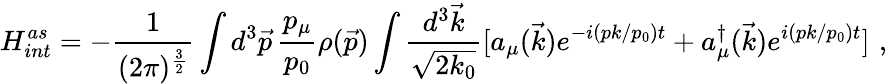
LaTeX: H_{int}^{as}=-{\displaystyle\frac{1}{(2\pi)^{\frac{3}{2}}}}\int d^{3}\vec{p}\, \frac{p_{\mu}}{p_{0}}\rho(\vec{p})\int\frac{d^{3}\vec{k}}{\sqrt{2k_{0}}}[a_{\mu}(\vec{k})e^{-i(pk/p_{0})t}+a_{\mu}^{\dagger}(\vec{k})e^{i(pk/p_{0})t}]\, \, ,